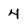
Character: 4